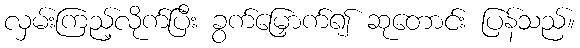
လှမ်းကြည့်လိုက်ပြီး ခွက်မြှောက်၍ ဆုတောင်း ပြန်သည်။